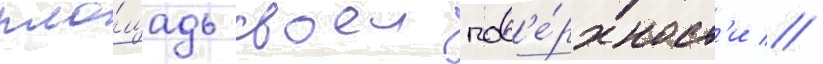
пло́щадь своеи пов'е́рхност'и //